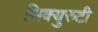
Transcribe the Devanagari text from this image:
सिक्युरुटी